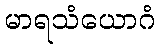
မာရသံယောဂံ